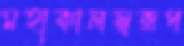
মহাকালস্বরূপ